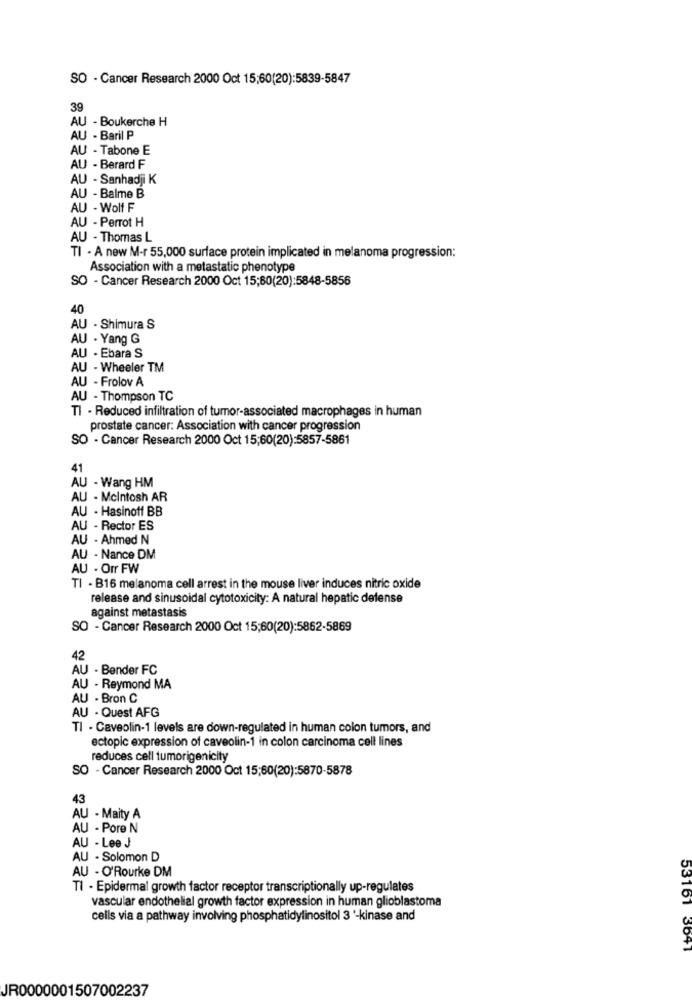
SO - Cancer Research 2000 Oct 15,60(20):5839-5847
39
AU - Boukerche H
AU - Baril P
AU - Tabone E
AU - Berard F
AU - Sanhadji K
AU - Balme B
AU - Wolf F
AU - Perrot H
AU - Thomas L
TI - A new M-r 55,000 surface protein implicated in melanoma progression:
Association with a metastatic phenotype
SO - Cancer Research 2000 Oct 15;60(20):5848-5856
40
AU - Shimura S
AU - Yang G
AU - Ebara S
AU - Wheeler TM
AU - Frolov A
AU - Thompson TC
TI . Reduced infiltration of tumor-associated macrophages in human
prostate cancer: Association with cancer progression
SO - Cancer Research 2000 Oct 15;60(20):5857-5861
41
AU - Wang HM
AU - Mcintosh AR
AU - Hasinoff BB
AU - Rector ES
AU - Ahmed N
AU - Nance DM
AU - Orr FW
TI - B16 melanoma cell arrest in the mouse liver induces nitric oxide
release and sinusoidal cytotoxicity: A natural hepatic defense
against metastasis
SO - Cancer Research 2000 Oct 15;60(20):5862-5869
42
AU - Bender FC
AU - Reymond MA
AU - Bron C
AU - Quest AFG
TI - Caveolin-1 levels are down-regulated in human colon tumors, and
ectopic expression of caveolin-1 in colon carcinoma cell lines
reduces cell tumorigenicity
SO - Cancer Research 2000 Oct 15;60(20):5870-5878
43
AU - Maity A
AU - Pore N
AU - Lee J
AU - Solomon D
AU - O'Rourke DM
TI - Epidermal growth factor receptor transcriptionally up-regulates
vascular endothelial growth factor expression in human glioblastoma
cells via a pathway involving phosphatidylinositol 3 '-kinase and
53161 3641
JR0000001507002237